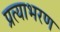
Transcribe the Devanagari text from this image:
प्रत्याभरण